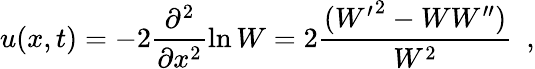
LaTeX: u(x,t)=-2\frac{\partial^{2}}{\partial x^{2}}\ln W=2\frac{({W^{\prime}}^{2}-WW^{\prime\prime})}{W^{2}}~~,